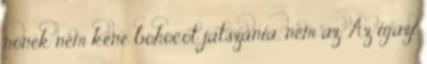
nonek nem kene bohocot jatszania, nem az. Az igazi